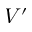
V ^ { \prime }